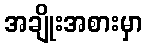
အချိုးအစားမှာ